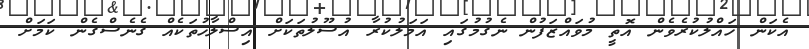
އެކަން ހައްލުކުރެވެން އޮތީ މުވައްޒަފުން ނެގުމުގައި އަމަލުކުރާ އުސޫލުތަކަށް އިސްލާހުތަކެއް ގެނެސްގެން ކަމަށް